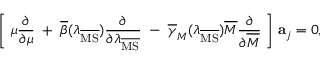
\Biggl [ \; \mu \frac { \partial } { \partial \mu } \; + \; \overline { { { \beta } } } ( \lambda _ { \overline { { { \mathrm { M S } } } } } ) \frac { \partial } { \partial \lambda _ { \overline { { { \mathrm { M S } } } } } } \; - \; \overline { { { \gamma } } } _ { M } ( \lambda _ { \overline { { { \mathrm { M S } } } } } ) \overline { { { M } } } \frac { \partial } { \partial \overline { { { M } } } } \; \Biggr ] \; { \bf a } _ { j } = 0 ,